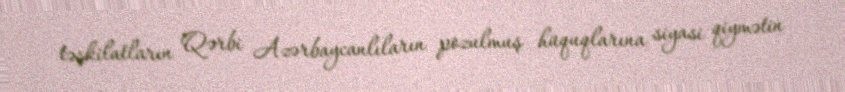
təşkilatların Qərbi Azərbaycanlıların pozulmuş hüquqlarına siyasi qiymətin